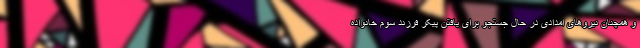
و همچنان نیروهای امدادی در حال جستجو برای یافتن پیکر فرزند سوم خانواده